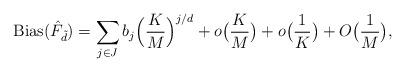
LaTeX: \begin{align*}\begin{aligned} & {\rm Bias}(\hat F_{\tilde d}) = \sum_{j\in J} b_j\Big(\frac{K}{M}\Big)^{j/d} + o\big(\frac{K}{M}\big)+ o\big(\frac{1}{K}\big)+O\big(\frac{1}{M}\big),\end{aligned}\end{align*}